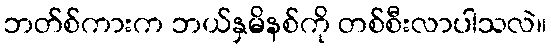
ဘတ်စ်ကားက ဘယ်နှမိနစ်ကို တစ်စီးလာပါသလဲ။